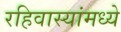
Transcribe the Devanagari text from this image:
रहिवास्यांमध्ये